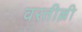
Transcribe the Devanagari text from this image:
वरतील्ली